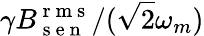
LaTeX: \gamma B_{\mathrm{~s~e~n~}}^{\mathrm{~r~m~s~}}/(\sqrt{2}\omega_{m})